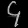
Digit: ၄